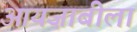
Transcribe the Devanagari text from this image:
आयज़ाबीला